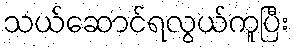
သယ်ဆောင်ရလွယ်ကူပြီး